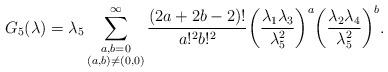
LaTeX: \begin{align*}G_5(\lambda) = \lambda_5\sum_{\substack{a,b=0\\ (a,b)\neq(0,0)}}^\infty \frac{(2a+2b-2)!}{a!^2b!^2} \bigg(\frac{\lambda_1\lambda_3}{\lambda_5^2}\bigg)^a\bigg(\frac{\lambda_2\lambda_4}{\lambda_5^2}\bigg)^b.\end{align*}